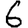
Digit: 6